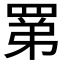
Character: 罤